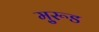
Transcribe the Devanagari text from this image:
मु्रूड